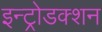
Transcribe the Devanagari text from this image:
इन्ट्रोडक्शन